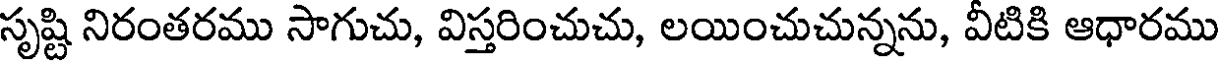
సృష్టి నిరంతరము సాగుచు, విస్తరించుచు, లయించుచున్నను, వీటికి ఆధారము